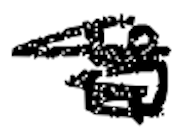
Text: is
Cross-out: mix
Writing tool: digital_black